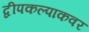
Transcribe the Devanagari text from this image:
द्वीपकल्पाकवर